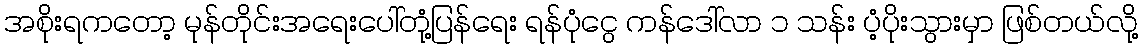
အစိုးရကတော့ မုန်တိုင်းအရေးပေါ်တုံ့ပြန်ရေး ရန်ပုံငွေ ကန်ဒေါ်လာ ၁ သန်း ပံ့ပိုးသွားမှာ ဖြစ်တယ်လို့